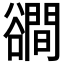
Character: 𧯑